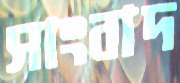
সাংবাদ